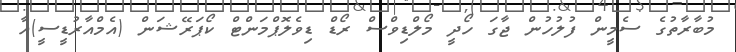
މުބާރާތުގެ ސެމީން ފުލުހުން ޖާގަ ހޯދީ މޯލްޑިވްސް ރޯޑް ޑިވެލޮޕްމަންޓް ކޯޕަރޭޝަން (އެމްއާރުޑީސީ)އާ